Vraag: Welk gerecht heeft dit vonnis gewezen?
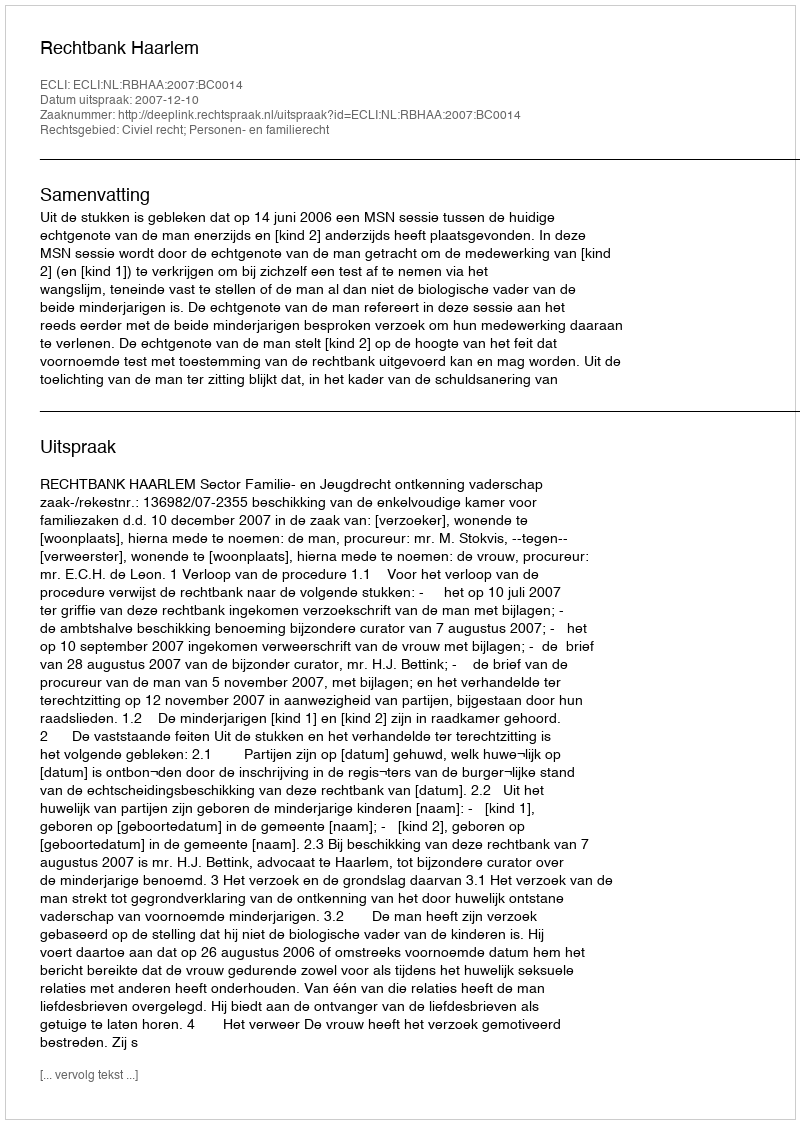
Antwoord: Rechtbank Haarlem